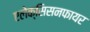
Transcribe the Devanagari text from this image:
एलेक्सिसनफायर